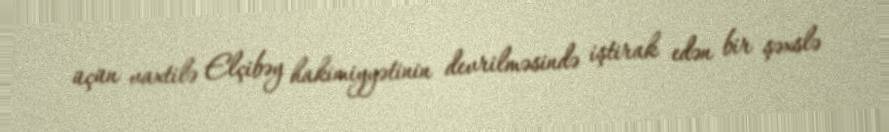
üçün vaxtilə Elçibəy hakimiyyətinin devrilməsində iştirak edən bir şəxslə